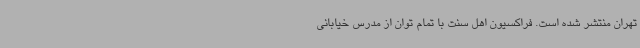
تهران منتشر شده است. فراکسیون اهل سنت با تمام توان از مدرس خیابانی